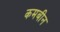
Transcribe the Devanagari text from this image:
कमबीन